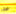
قبل